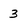
Character: 3